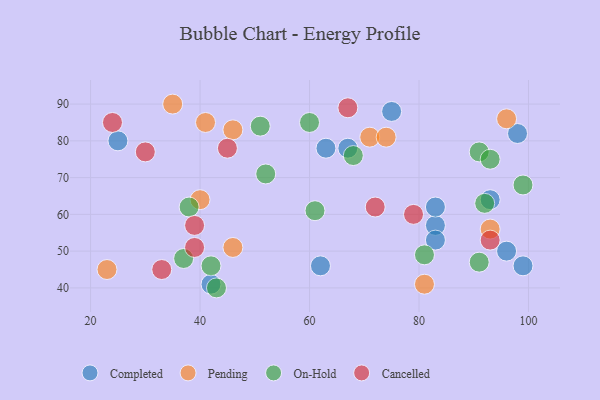
{"axis": {"x": "GDP", "y": "Life Expectancy"}, "legend": ["Cancelled", "Completed", "On-Hold", "Pending"], "data": [{"x": "63", "y": 78, "type": "Completed"}, {"x": "75", "y": 88, "type": "Completed"}, {"x": "98", "y": 82, "type": "Completed"}, {"x": "83", "y": 57, "type": "Completed"}, {"x": "83", "y": 62, "type": "Completed"}, {"x": "42", "y": 41, "type": "Completed"}, {"x": "67", "y": 78, "type": "Completed"}, {"x": "96", "y": 50, "type": "Completed"}, {"x": "99", "y": 46, "type": "Completed"}, {"x": "93", "y": 64, "type": "Completed"}, {"x": "83", "y": 53, "type": "Completed"}, {"x": "25", "y": 80, "type": "Completed"}, {"x": "62", "y": 46, "type": "Completed"}, {"x": "46", "y": 83, "type": "Pending"}, {"x": "71", "y": 81, "type": "Pending"}, {"x": "93", "y": 56, "type": "Pending"}, {"x": "96", "y": 86, "type": "Pending"}, {"x": "40", "y": 64, "type": "Pending"}, {"x": "74", "y": 81, "type": "Pending"}, {"x": "46", "y": 51, "type": "Pending"}, {"x": "35", "y": 90, "type": "Pending"}, {"x": "81", "y": 41, "type": "Pending"}, {"x": "23", "y": 45, "type": "Pending"}, {"x": "41", "y": 85, "type": "Pending"}, {"x": "61", "y": 61, "type": "On-Hold"}, {"x": "81", "y": 49, "type": "On-Hold"}, {"x": "60", "y": 85, "type": "On-Hold"}, {"x": "92", "y": 63, "type": "On-Hold"}, {"x": "42", "y": 46, "type": "On-Hold"}, {"x": "99", "y": 68, "type": "On-Hold"}, {"x": "52", "y": 71, "type": "On-Hold"}, {"x": "38", "y": 62, "type": "On-Hold"}, {"x": "51", "y": 84, "type": "On-Hold"}, {"x": "37", "y": 48, "type": "On-Hold"}, {"x": "43", "y": 40, "type": "On-Hold"}, {"x": "68", "y": 76, "type": "On-Hold"}, {"x": "91", "y": 47, "type": "On-Hold"}, {"x": "91", "y": 77, "type": "On-Hold"}, {"x": "93", "y": 75, "type": "On-Hold"}, {"x": "67", "y": 89, "type": "Cancelled"}, {"x": "39", "y": 51, "type": "Cancelled"}, {"x": "30", "y": 77, "type": "Cancelled"}, {"x": "79", "y": 60, "type": "Cancelled"}, {"x": "24", "y": 85, "type": "Cancelled"}, {"x": "39", "y": 57, "type": "Cancelled"}, {"x": "33", "y": 45, "type": "Cancelled"}, {"x": "45", "y": 78, "type": "Cancelled"}, {"x": "72", "y": 62, "type": "Cancelled"}, {"x": "93", "y": 53, "type": "Cancelled"}]}